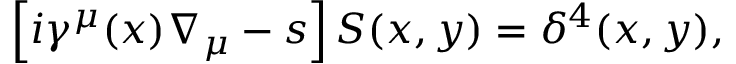
\left[ i \gamma ^ { \mu } ( x ) \nabla _ { \mu } - s \right] S ( x , y ) = \delta ^ { 4 } ( x , y ) ,